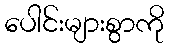
ပေါင်းများစွာကို